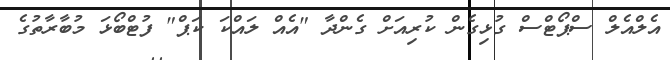
އެލްއެލް ސްޕޯޓްސް ގުޅިގެން ކުރިއަށް ގެންދާ "އެއް ލައްކަ ކަޕް" ފުޓްބޯޅަ މުބާރާތުގެ